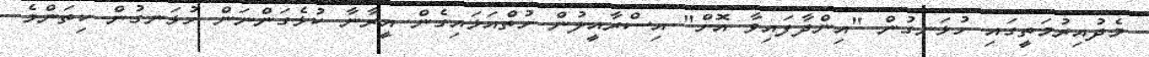
މެދުއިރުމަތީގައި ހުޅަނގުން "އިންދާފައިވާ އޮށް" އިސްރާއީލުން ހުތްއަޅައިގެން އީރާނާ ކުޅެގަންނަން ހުޅަނގުން ކިތަންމެ